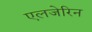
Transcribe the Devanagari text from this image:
एलजेरिन